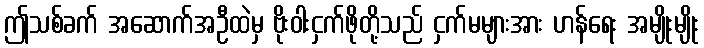
ဤသစ်ခက် အဆောက်အဦထဲမှ ဗိုးဝါးငှက်ဖိုတို့သည် ငှက်မများအား ဟန်ရေး အမျိုးမျိုး